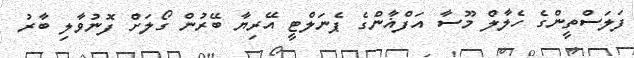
ފަލަސްތީންގެ ހެލާލް މޫސާ އަފްޣާންގެ ޕެނަލްޓީ އޭރިޔާ ބޭރުން ގޯލަށް ފޮނުވާލި ބާރު